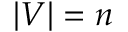
\vert V \vert = n